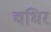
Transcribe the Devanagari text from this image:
चधिर